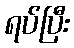
ရပ်ပြီး